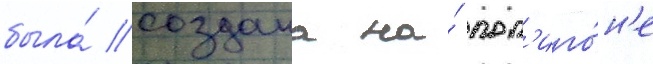
была́ создана на́ пол'иго́н'е